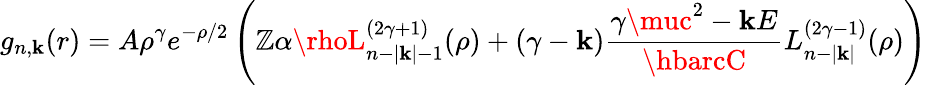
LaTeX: g_{n,\mathbf{k}}(r)=A\rho^{\gamma}e^{-\rho/2}\left(\mathbb{Z}\alpha\rhoL_{n-|\mathbf{k}|-1}^{(2\gamma+1)}(\rho)+(\gamma-\mathbf{k}){\frac{{\gamma\muc^{2}-\mathbf{k}E}}{{\hbarcC}}}L_{n-|\mathbf{k}|}^{(2\gamma-1)}(\rho)\right)